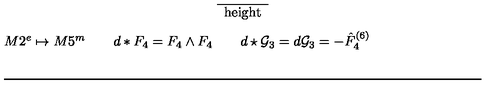
\begin{array} { c c c } \hline { \hline } & { } & { } \\ { M 2 ^ { e } \mapsto M 5 ^ { m } } & { \qquad d * F _ { 4 } = F _ { 4 } \wedge F _ { 4 } } & { \qquad d \star { \cal G } _ { 3 } = d { \cal G } _ { 3 } = - \hat { F } _ { 4 } ^ { ( 6 ) } } \\ { } & { } & { } \\ \hline { \hline } \\ \end{array}